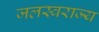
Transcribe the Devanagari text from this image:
जलस्वराज्य